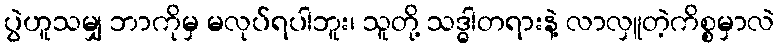
ပွဲဟူသမျှ ဘာကိုမှ မလုပ်ရပါဘူး၊ သူတို့ သဒ္ဓါတရားနဲ့ လာလှူတဲ့ကိစ္စမှာလဲ